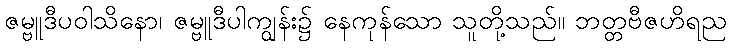
ဇမ္ဗူဒီပဝါသိနော၊ ဇမ္ဗူဒီပါကျွန်း၌ နေကုန်သော သူတို့သည်။ ဘတ္တဗီဇဟိရည